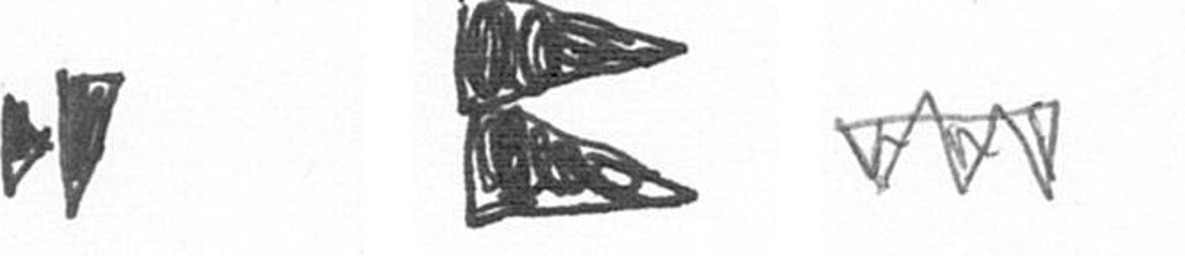
M P L